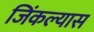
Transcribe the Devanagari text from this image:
जिंकल्यास